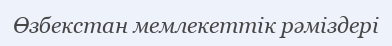
Өзбекстан мемлекеттік рәміздері